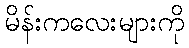
မိန်းကလေးများကို